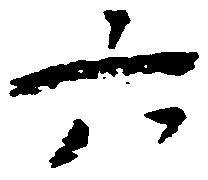
六